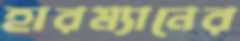
হারম্যানের